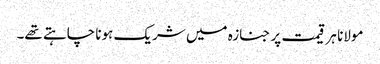
مولانا ہر قیمت پر جنازہ میں شریک ہونا چاہتے تھے۔